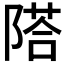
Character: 𨻇